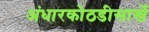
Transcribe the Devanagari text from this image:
अंधारकोठडीसार्खे